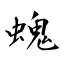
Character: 螝